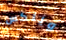
ويلكس